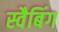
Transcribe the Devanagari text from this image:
स्वैबिंग